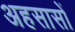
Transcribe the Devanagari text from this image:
अहसासों